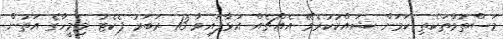
މަސްތުވާތަކެތި ކަމަށް ޝައްކުކުރެވޭ އެއްޗެއް އަޅާފައިވާ 13 ރަބަރު ޕެކެޓު މިމީހާގެ އަތުން